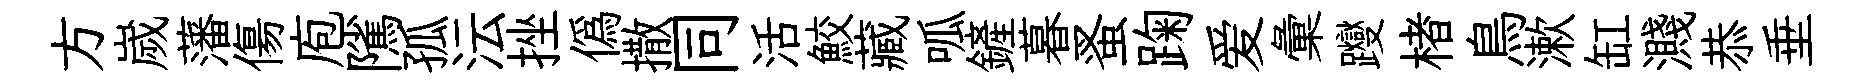
方嵗藩傷庖隲孤沄挫偽撒同活鮫藏呱鏟暮蚤踘爱彙躞楮鳥漱缸濺恭垂